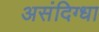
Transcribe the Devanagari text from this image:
असंदिग्धा